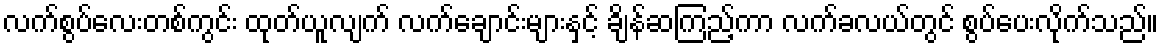
လက်စွပ်လေးတစ်ကွင်း ထုတ်ယူလျက် လက်ချောင်းများနှင့် ချိန်ဆကြည့်ကာ လက်ခလယ်တွင် စွပ်ပေးလိုက်သည်။